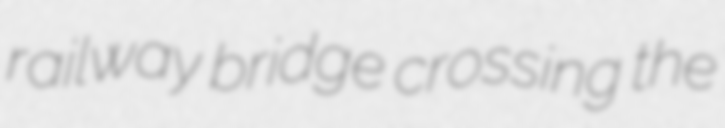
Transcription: railway bridge crossing the